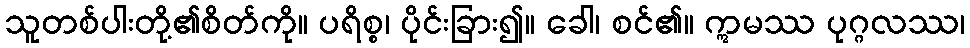
သူတစ်ပါးတို့၏စိတ်ကို။ ပရိစ္စ၊ ပိုင်းခြား၍။ ခေါ၊ စင်၏။ ဣမဿ ပုဂ္ဂလဿ၊